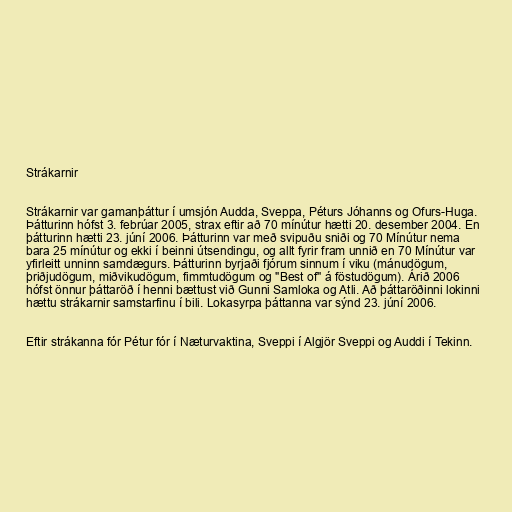
Strákarnir

Strákarnir var gamanþáttur í umsjón Audda, Sveppa, Péturs Jóhanns og Ofurs-Huga.
Þátturinn hófst 3. febrúar 2005, strax eftir að 70 mínútur hætti 20. desember 2004. En
þátturinn hætti 23. júní 2006. Þátturinn var með svipuðu sniði og 70 Mínútur nema
bara 25 mínútur og ekki í beinni útsendingu, og allt fyrir fram unnið en 70 Mínútur var
yfirleitt unninn samdægurs. Þátturinn byrjaði fjórum sinnum í viku (mánudögum,
þriðjudögum, miðvikudögum, fimmtudögum og "Best of" á föstudögum). Árið 2006
hófst önnur þáttaröð í henni bættust við Gunni Samloka og Atli. Að þáttaröðinni lokinni
hættu strákarnir samstarfinu í bili. Lokasyrpa þáttanna var sýnd 23. júní 2006.

Eftir strákanna fór Pétur fór í Næturvaktina, Sveppi í Algjör Sveppi og Auddi í Tekinn.